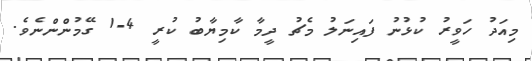
މިއަދު ހަވީރު ކުޅުނު ފައިނަލު މެޗު ދީމާ ކާމިޔާބު ކުރީ 4-1 ގޭމުންންނެވެ.